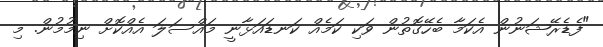
"ފެޑެރޭޝަނުން އެކަމާ ބެހޭގޮތުން ވަކި ކަމެއް ކަނޑައަޅާނީ މައްސަލަ އެއްކޮށް ނިމުމުން. މި